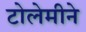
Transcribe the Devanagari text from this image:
टोलेमीने